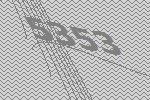
5353